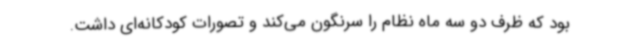
بود که ظرف دو سه ماه نظام را سرنگون می‌کند و تصورات کودکانه‌ای داشت.